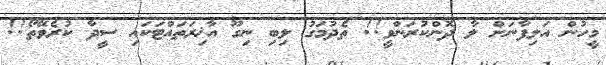
މީހުން އަލިފާނަށް ލާ ދޮންކުރަންވީ!! ތެދުމަގު ލިބި ނިގޫ އާޚިރަތައްޓަކައި ސީދާ ކުރެވޭތޯ!!